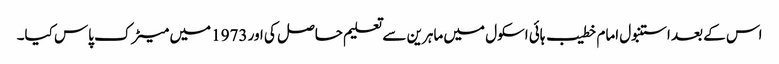
اس کے بعد استنبول امام خطیب ہائی اسکول میں ماہرین سے تعلیم حاصل کی اور 1973 میں میٹرک پاس کیا۔